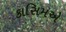
કાસિમએ